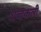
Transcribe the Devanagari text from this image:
शब्दकली